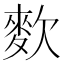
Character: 𪌒